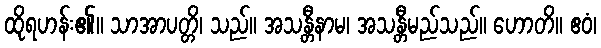
ထိုရဟန်း၏။ သာအာပတ္တိ၊ သည်။ အသန္တီနာမ၊ အသန္တီမည်သည်။ ဟောတိ။ ဧဝံ၊